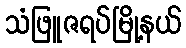
သံဖြူဇရပ်မြို့နယ်